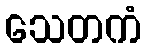
သေတကံ